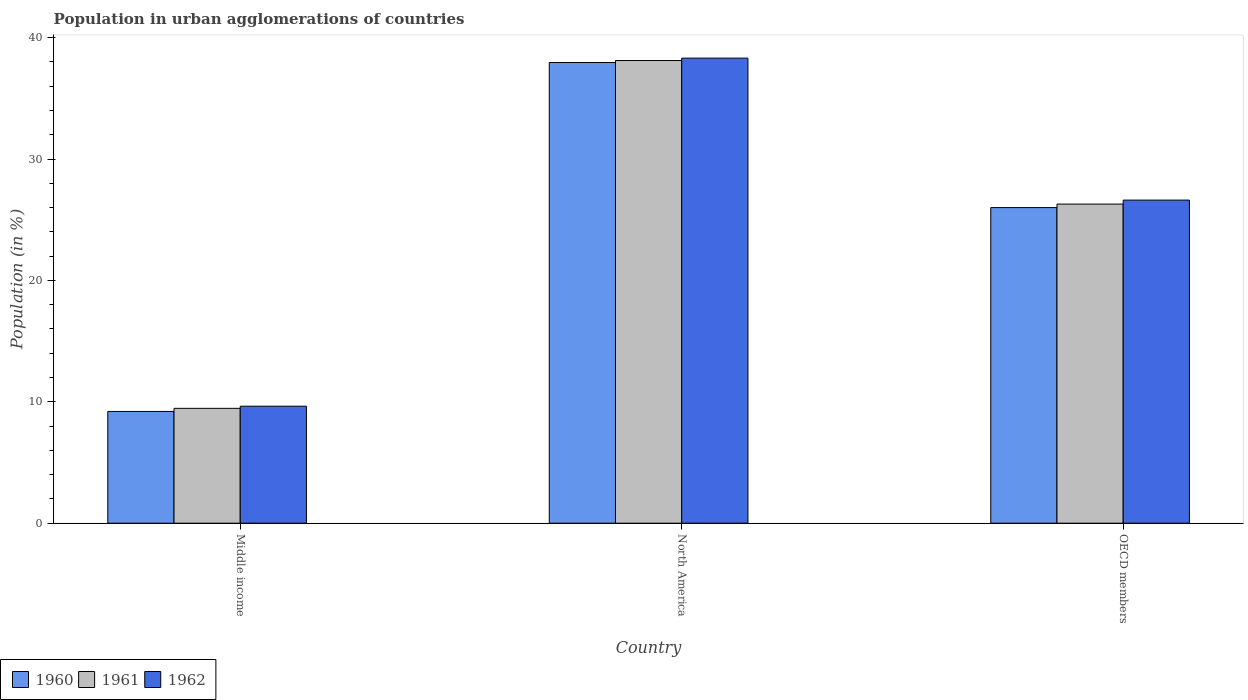
| Country | 1960 | 1961 | 1962 |
 | --- | --- | --- | --- |
 | Middle income | 9.21 | 9.46 | 9.64 |
 | North America | 38 | 38.1 | 38.3 |
 | OECD members | 26 | 26.3 | 26.6 |